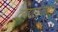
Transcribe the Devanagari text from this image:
द्रव्यसंरचना